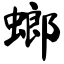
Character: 螂